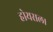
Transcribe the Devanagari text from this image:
होयसल।